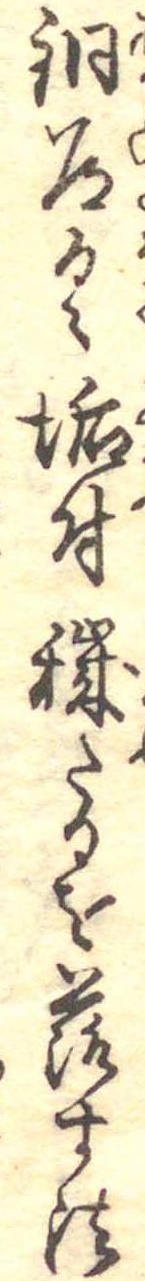
銅道具垢付穢たるを落す法